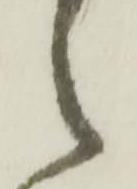
之